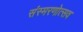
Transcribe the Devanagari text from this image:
संस्मरणोत्सव